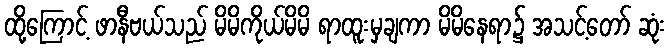
ထို့ကြောင့် ဖာနီဗယ်သည် မိမိကိုယ်မိမိ ရာထူးမှချကာ မိမိနေရာ၌ အသင့်တော် ဆုံး